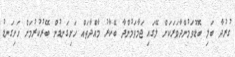
ގުރުދާ ބަލި ބޮޑުވަމުންދާވަރަކަށް ލޭގައި ޖަމާވަމުންދާ ބޭކާރު މާއްދާތައް ހަށިގަނޑުން ބޭރުކުރުމަށް ހަށިގަނޑު